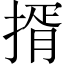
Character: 揟